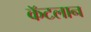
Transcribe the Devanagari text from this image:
कॅटलान